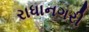
રાધાનગરી